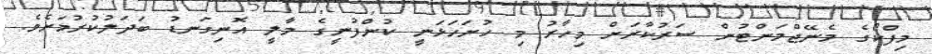
މިފްކޯގެ މެނޭޖްމަންޓުން ސަރުކާރަށް މިހާރު މި ހުށަހަޅަނީ ކުންފުނީގެ މާލީ އޮނިގަނޑު ބަދަލުކުރުމަށެވެ.